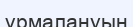
ұрмалануын